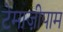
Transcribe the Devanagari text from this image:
टेमाज़ीपाम